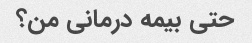
حتی بیمه درمانی من؟